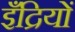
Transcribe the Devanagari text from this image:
इँद्रियों